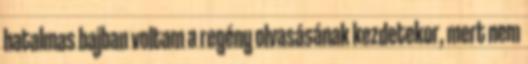
hatalmas bajban voltam a regény olvasásának kezdetekor, mert nem